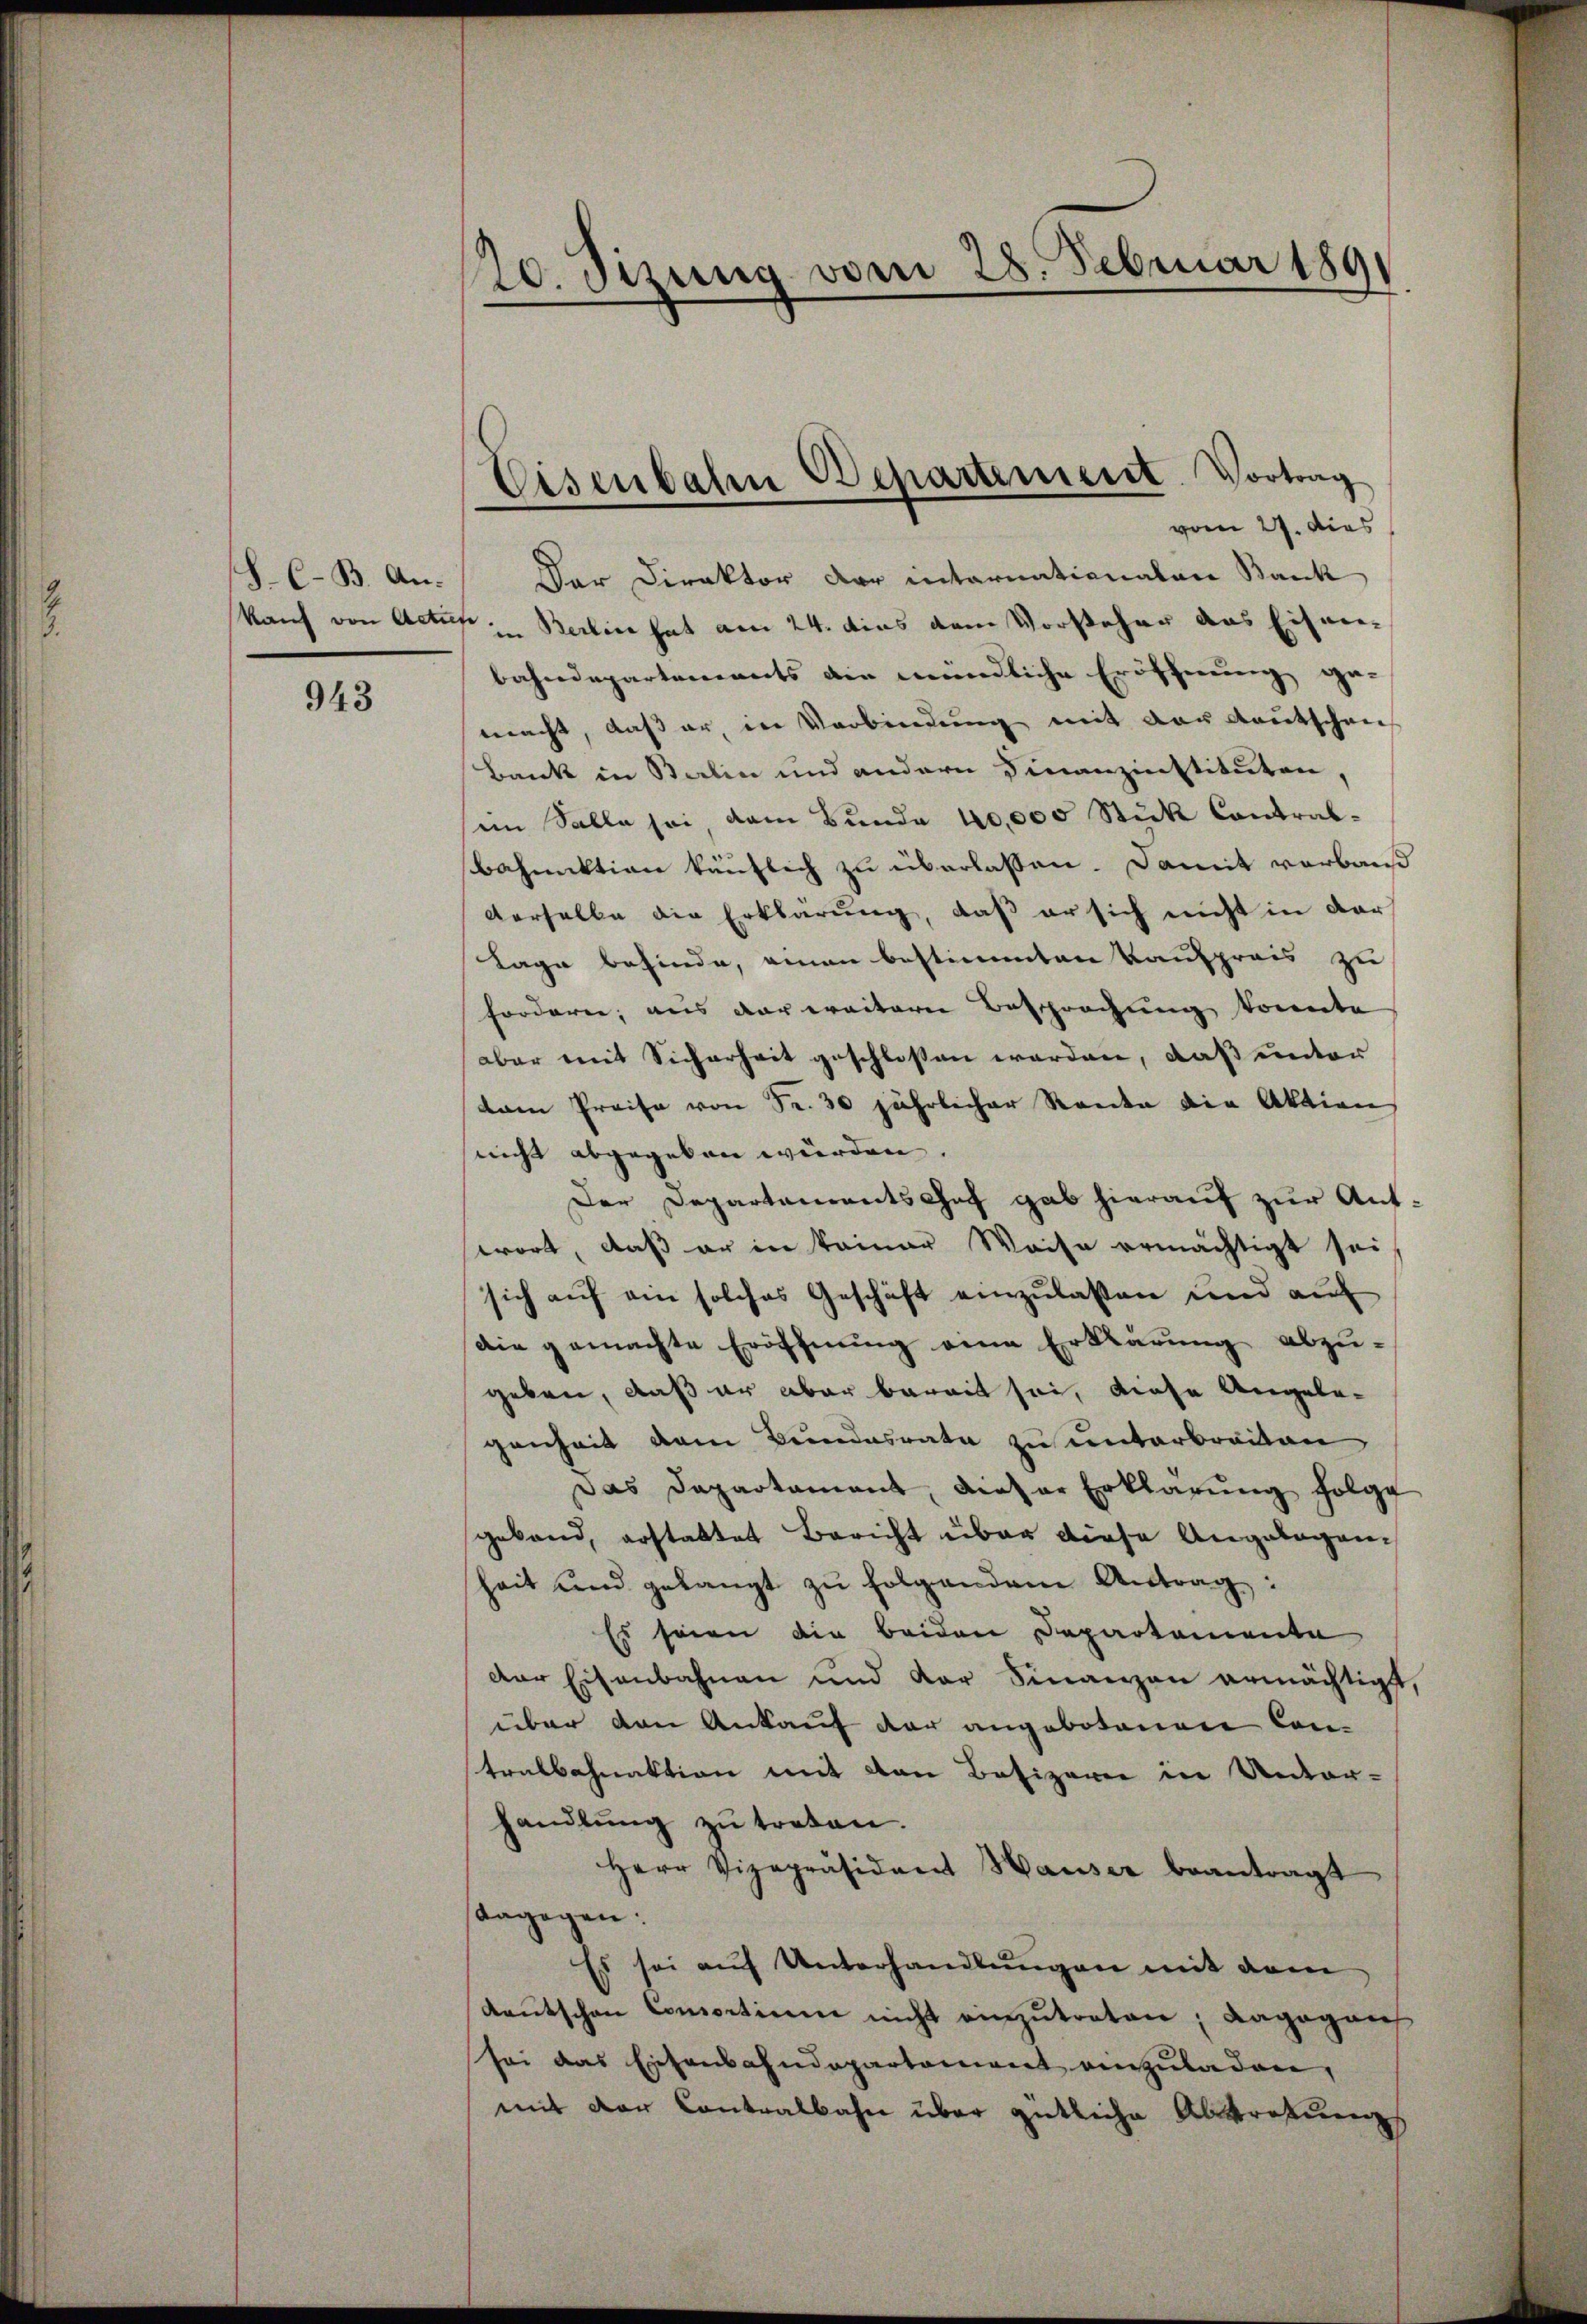
2

S.C-B. Ankauf von Actief

943

20. Setzung vom 28. Februar 189

Eisenbahre Departement. Vortrag

vom 27. dies
Der Direktor der internationalen Bank
in Berlin hat am 24. dies dem Vorsteher das Eisen-
bahndepartements die mündliche Eröffnung ge-
macht, daß er, in Verbindung mit der Kautschen
Bank in Salin und andern Finanzinstituten,
im Salle sei, dem Bunde 40,000 Stück Contralbahnuktion käuflich zu überlassen. Damit verbaud
derselbe die Erklärung, daß er sich nicht in dar
Lage befinde, einen bestimmten Kaufpreis zu
forderen, aus der weitern Besprechung konnte
aber mit Sicherheit geschlossen werden, daß unter
kam Preise von Fr. 30 jährlicher Rente die Aktion
nicht abgegeben würden.
Der Departenrentschaf gab hierauf zur Antwort, daß er in keiner Weise ermächtigt sei
sich auf ein solches Geschäft einzulassen und aŭf
Die gemachte Eröffnung eine Erklärung abzu-
geben, daß er aber bereit sei, diese Angelegenheit dem Bundesrate zu unterbreiten
Das Departament, dieser Erklärŭng folge
geband, erstattet Bericht über diese Angelegenheit und gelangt zŭ folgendem Antrag:
Es seien die beiden Departemente
der Eisenbahnen und der Finanzen ermächtigt,
über den Ankauf der angebotenen Can-
tralbahnaktion mit von Besizerie in Unter-
handlŭng zu treten.
Herr Vizepräsident Hauser beantragt
dagegen:
Es sei auf Unterhandlungen mit dem
Kautschen Consortium nicht einzutreten; dagegen
sei das Eisenbahndepartement einzuladen,
mit der Contralbahn über gütliche Abtretung